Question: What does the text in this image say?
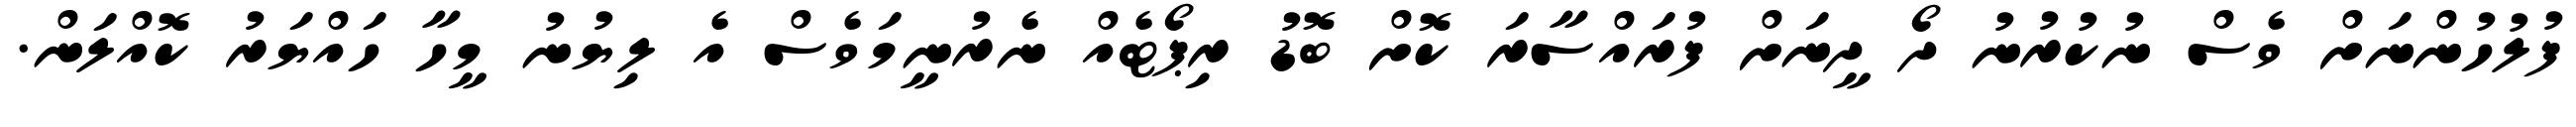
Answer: ފުލުހުންނަށް ވެސް ނުކުރުނު ދޯ ދީނަށް ފުރައްސާރަ ކޮށް ބޮޑު ރިޕޯޓެއް ނެރުނީމަވެސް އެ ލިޔުނު މީހާ ހައްޔަރު ކޮއްލަން.